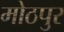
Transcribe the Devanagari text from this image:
मोठपुर